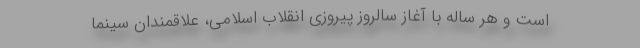
است و هر ساله با آغاز سالروز پیروزی انقلاب اسلامی، علاقمندان سینما